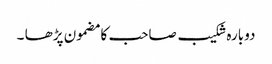
دوبارہ شکیب صاحب کا مضمون پڑھا ۔